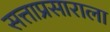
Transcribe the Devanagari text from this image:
सत्ताप्रसाराला